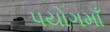
પયોગમાઁ